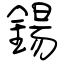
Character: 鍚